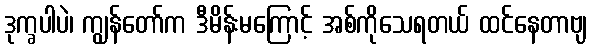
ဒုက္ခပါပဲ၊ ကျွန်တော်က ဒီမိန်းမကြောင့် အစ်ကိုသေရတယ် ထင်နေတာဗျ